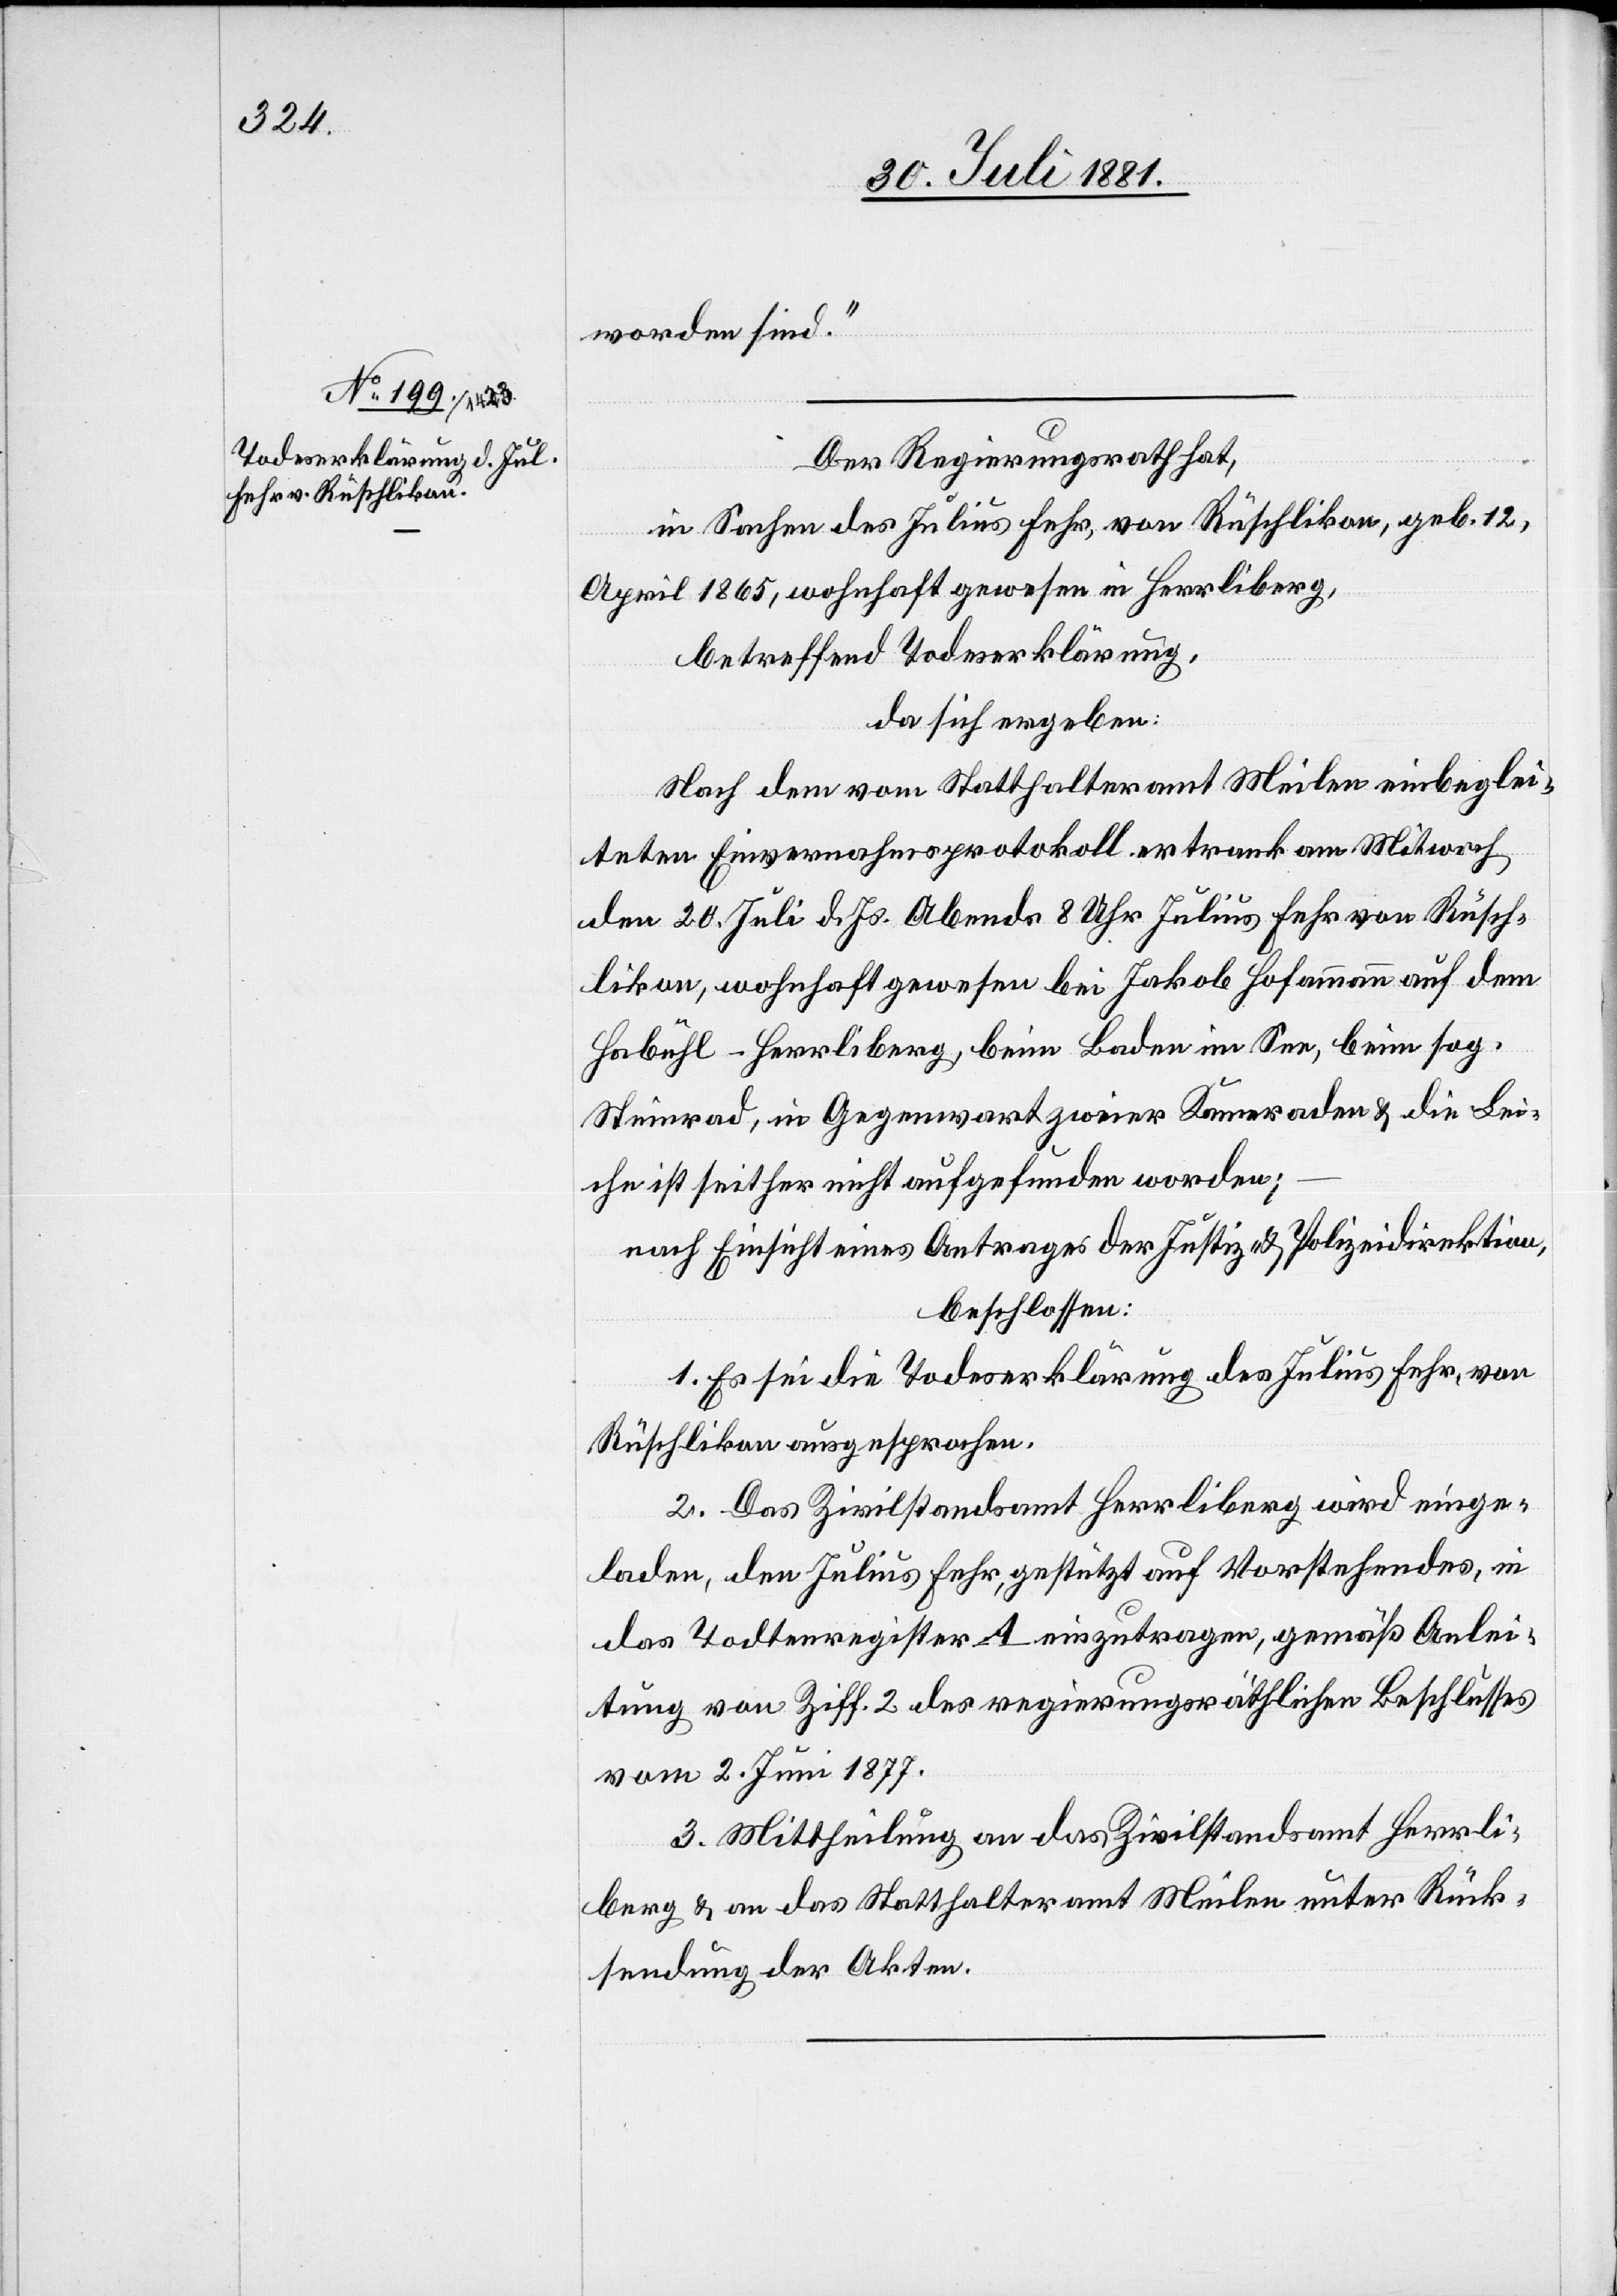
worden sind.“
Der Regierungsrath hat,
in Sachen des Julius Fehr, von Rüschlikon, geb. 12.
April 1865, wohnhaft gewesen in Herrliberg,
betreffend Todeserklärung,
da sich ergeben:
Nach dem vom Statthalteramt Meilen einbeglei¬
teten Einvernahmsprotokoll ertrank am Mittwoch
den 20. Juli d. Js. Abends 8 Uhr Julius Fehr von Rüsch¬
likon, wohnhaft gewesen bei Jakob Hofmann auf dem
Habühl - Herrliberg, beim Baden im See, beim sog.
Steinrad, in Gegenwart zweier Kameraden & die Lei¬
che ist seither nicht aufgefunden worden;
nach Einsicht eines Antrages der Justiz- & Polizeidirektion,
beschlossen:
1. Es sei die Todeserklärung des Julius Fehr, von
Rüschlikon ausgesprochen.
2. Das Zivilstandsamt Herrliberg wird einge¬
laden, den Julius Fehr, gestützt auf Vorstehendes, in
das Todesregister A einzutragen, gemäß Anlei¬
tung von Ziff. 2 des regierungsräthlichen Beschlusses
vom 2. Juni 1877.
3. Mittheilung an das Zivilstandsamt Herrli¬
berg & an das Statthalteramt Meilen unter Rück¬
sendung der Akten.